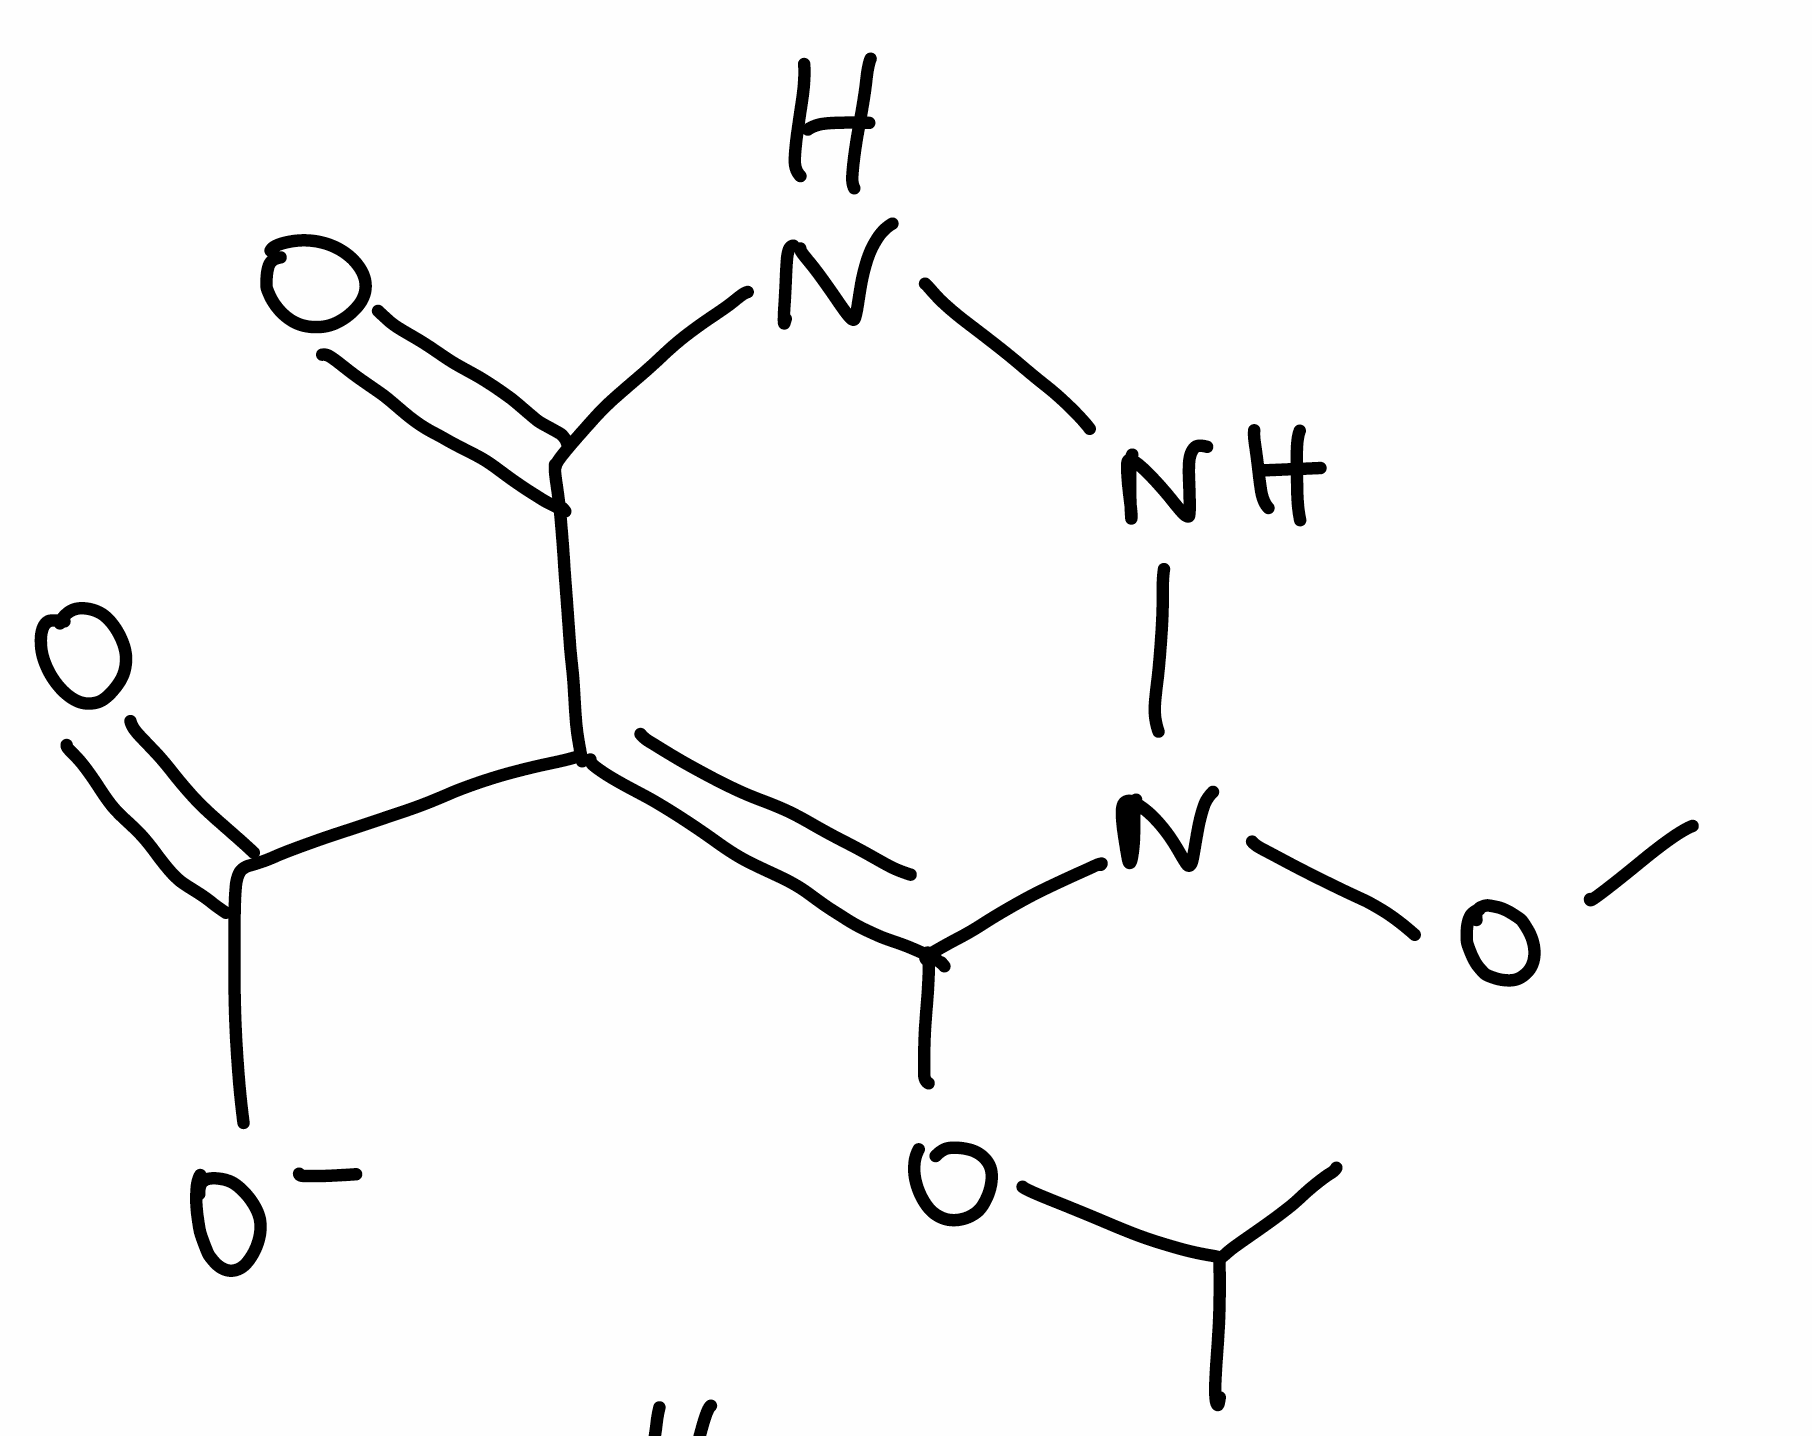
Simplified molecular-input line-entry system (SMILES) notation of the given molecule:
CC(C)OC1=C(C(=O)NNN1OC)C(=O)[O-]